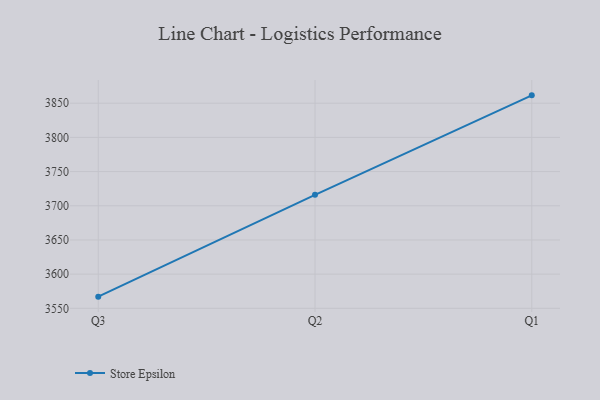
{"axis": {"x": "Quarter", "y": "Tickets Resolved"}, "legend": ["Store Epsilon"], "data": [{"x": "Q3", "y": 3567.1, "type": "Store Epsilon"}, {"x": "Q2", "y": 3716.0, "type": "Store Epsilon"}, {"x": "Q1", "y": 3861.5, "type": "Store Epsilon"}]}